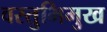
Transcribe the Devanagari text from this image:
वस्तुभिमुख